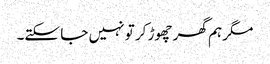
مگر ہم گھر چھوڑ کر تو نہیں جا سکتے۔